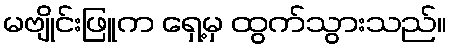
မဗျိုင်းဖြူက ရှေ့မှ ထွက်သွားသည်။